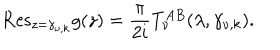
{ \mathrm { R e s } } _ { z = \gamma _ { \nu , k } } g ( z ) = \frac { \pi } { 2 i } T _ { \nu } ^ { A B } ( \lambda , \gamma _ { \nu , k } ) .